Report on the working of the mental hospitals for Indians in Bihar and Orissa - 1925-1929
Year: 1925
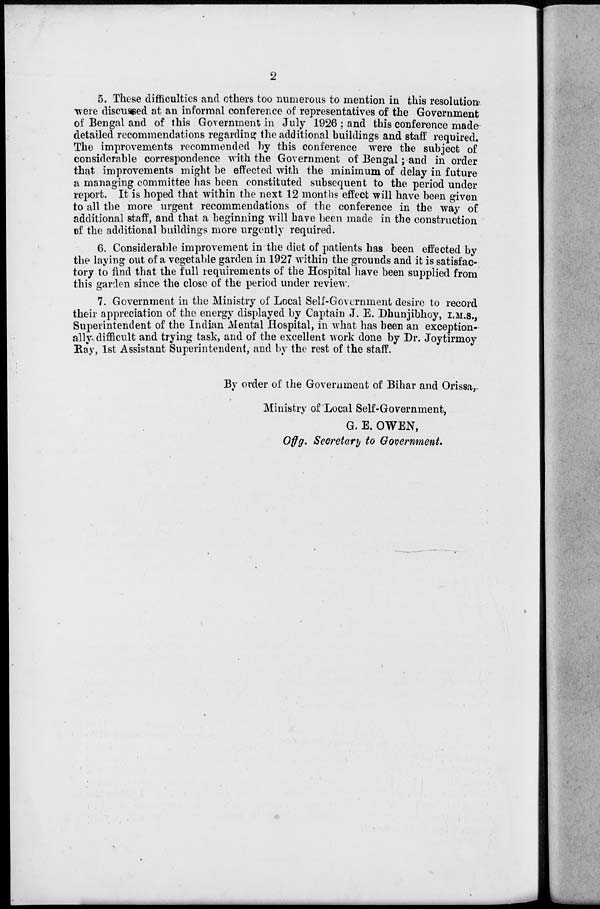
2
5. These difficulties and others too numerous to mention in this resolution
were discussed at an informal conference of representatives of the Government
of Bengal and of this Government in July 1926 ; and this conference made
detailed recommendations regarding the additional buildings and staff required.
The improvements recommended by this conference were the subject of
considerable correspondence with the Government of Bengal; and in order
that improvements might be effected with the minimum of delay in future
a managing committee has been constituted subsequent to the period under
report. It is hoped that within the next 12 months effect will have been given
to all the more urgent recommendations of the conference in the way of
additional staff, and that a beginning will have been made in the construction
of the additional buildings more urgently required.
6. Considerable improvement in the diet of patients has been effected by
the laying out of a vegetable garden in 1927 within the grounds and it is satisfac-
tory to find that the full requirements of the Hospital have been supplied from
this garden since the close of the period under review.
7. Government in the Ministry of Local Self-Government desire to record
their appreciation of the energy displayed by Captain J. E. Dhunjibhoy, I.M. S.,
Superintendent of the Indian Mental Hospital, in what has been an exception-
ally, difficult and trying task, and of the excellent work done by Dr. Joytirmoy
Ray, 1st Assistant Superintendent, and by the rest of the staff.
By order of the Government of Bihar and Orissa,
Ministry of Local Self-Government,
G. E. OWEN,
Offg. Secretary to Government.